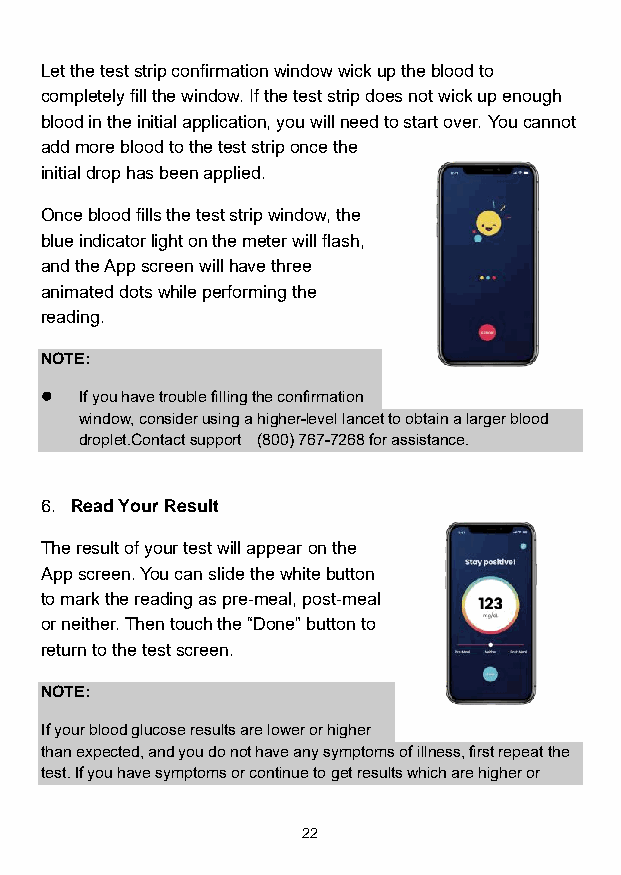
Let the test strip confirmation window wick up the blood to
 completely fill the window. If the test strip does not wick up enough
 blood in the initial application, you will need to start over. You cannot
 add more blood to the test strip once the
 initial drop has been applied.
 Once blood fills the test strip window, the
 blue indicator light on the meter will flash,
 and the App screen will have three
 animated dots while performing the
 reading.
 NOTE:
 ⚫ If you have trouble filling the confirmation
 window, consider using a higher-level lancet to obtain a larger blood
 droplet.Contact support (800) 767-7268 for assistance.
 6. Read Your Result
 The result of your test will appear on the
 App screen. You can slide the white button
 to mark the reading as pre-meal, post-meal
 or neither. Then touch the “Done” button to
 return to the test screen.
 NOTE:
 If your blood glucose results are lower or higher
 than expected, and you do not have any symptoms of illness, first repeat the
 test. If you have symptoms or continue to get results which are higher or
 22